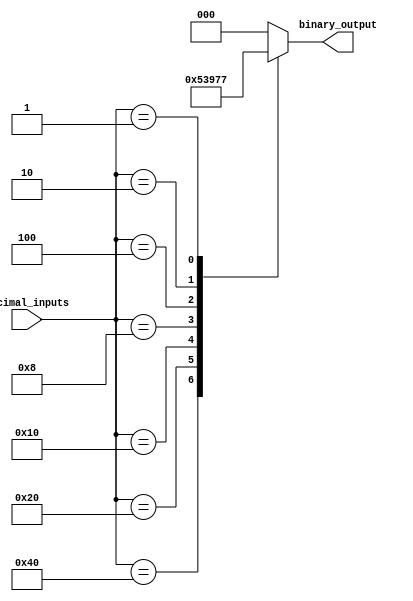
module Decimal_priority_encoder (
    input [7:0] decimal_inputs,
    output reg [2:0] binary_output
);

always @(*) begin
    case(decimal_inputs)
        8'b10000000 : binary_output = 3'b000; //decimal input 128
        8'b01000000 : binary_output = 3'b001; //decimal input 64
        8'b00100000 : binary_output = 3'b010; //decimal input 32
        8'b00010000 : binary_output = 3'b011; //decimal input 16
        8'b00001000 : binary_output = 3'b100; //decimal input 8
        8'b00000100 : binary_output = 3'b101; //decimal input 4
        8'b00000010 : binary_output = 3'b110; //decimal input 2
        8'b00000001 : binary_output = 3'b111; //decimal input 1
        default     : binary_output = 3'b000; //default output if no priority input found
    endcase
end

endmodule